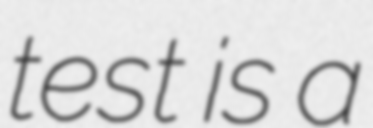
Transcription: test is a